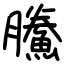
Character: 鰧